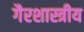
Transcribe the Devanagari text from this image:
गैरशास्त्रीय